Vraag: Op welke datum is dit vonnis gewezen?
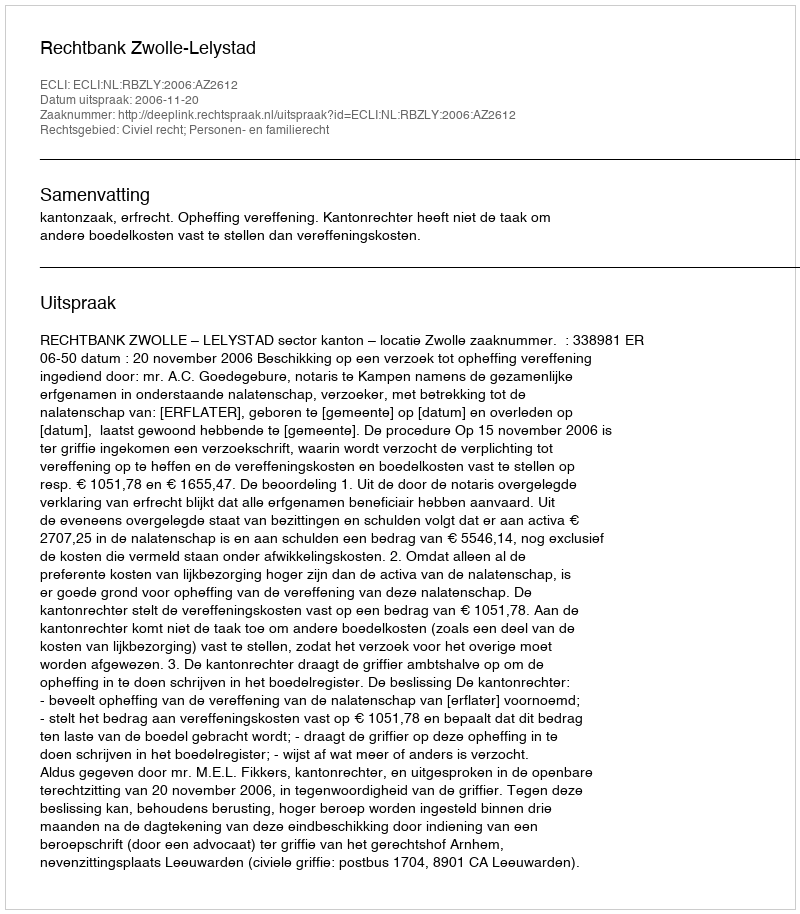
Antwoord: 2006-11-20